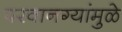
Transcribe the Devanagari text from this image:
परवानग्यांमुळे